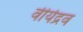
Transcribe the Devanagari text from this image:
वीर्यद्रव